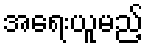
အရေးယူမည့်